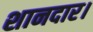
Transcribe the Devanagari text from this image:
शानदार।